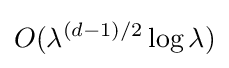
O(\lambda ^{(d-1)/2}\log \lambda )